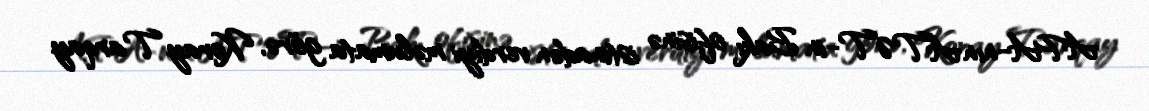
APA-nın ATƏT-in Bakı ofisinə istinadən verdiyi məlumata görə, Koray Tarqay